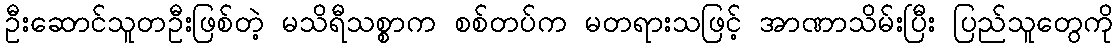
ဦးဆောင်သူတဦးဖြစ်တဲ့ မသိရီသစ္စာက စစ်တပ်က မတရားသဖြင့် အာဏာသိမ်းပြီး ပြည်သူတွေကို